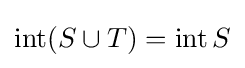
\operatorname {int} (S\cup T)=\operatorname {int} S